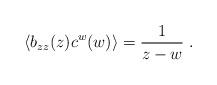
LaTeX: \begin{align*}\langle b_{zz}(z) c^w(w) \rangle = \frac{1}{z-w} \ .\end{align*}